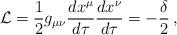
LaTeX: \begin{align*}{\cal{L}}=\frac{1}{2}g_{\mu\nu}\frac{dx^{\mu}}{d \tau} \frac{dx^{\nu}}{d \tau}=-\frac{\delta}{2}\:, \end{align*}